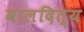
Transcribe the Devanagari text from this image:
बालदित्य